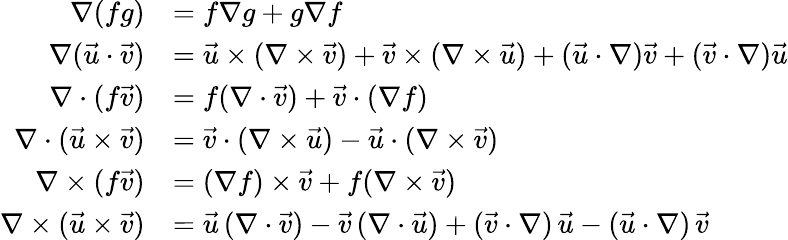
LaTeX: {\begin{array}{rl}{\nabla(fg)}&{=f\nabla g+g\nabla f}\\ {\nabla({\vec{u}}\cdot{\vec{v}})}&{={\vec{u}}\times(\nabla\times{\vec{v}})+{\vec{v}}\times(\nabla\times{\vec{u}})+({\vec{u}}\cdot\nabla){\vec{v}}+({\vec{v}}\cdot\nabla){\vec{u}}}\\ {\nabla\cdot(f{\vec{v}})}&{=f(\nabla\cdot{\vec{v}})+{\vec{v}}\cdot(\nabla f)}\\ {\nabla\cdot({\vec{u}}\times{\vec{v}})}&{={\vec{v}}\cdot(\nabla\times{\vec{u}})-{\vec{u}}\cdot(\nabla\times{\vec{v}})}\\ {\nabla\times(f{\vec{v}})}&{=(\nabla f)\times{\vec{v}}+f(\nabla\times{\vec{v}})}\\ {\nabla\times({\vec{u}}\times{\vec{v}})}&{={\vec{u}}\, (\nabla\cdot{\vec{v}})-{\vec{v}}\, (\nabla\cdot{\vec{u}})+({\vec{v}}\cdot\nabla)\, {\vec{u}}-({\vec{u}}\cdot\nabla)\, {\vec{v}}}\end{array}}